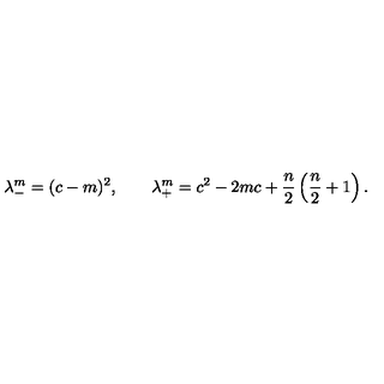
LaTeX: \lambda _ { - } ^ { m } = ( c - m ) ^ { 2 } , \qquad \lambda _ { + } ^ { m } = c ^ { 2 } - 2 m c + { \frac { n } { 2 } } \left( { \frac { n } { 2 } } + 1 \right) .